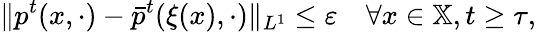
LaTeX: \| p^{t}(x,\cdot)-\bar{p}^{t}(\xi(x),\cdot)\| _{L^{1}}\leq\varepsilon\quad\forall x\in\mathbb{X},t\geq\tau,